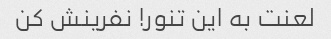
لعنت به این تنور! نفرینش کن